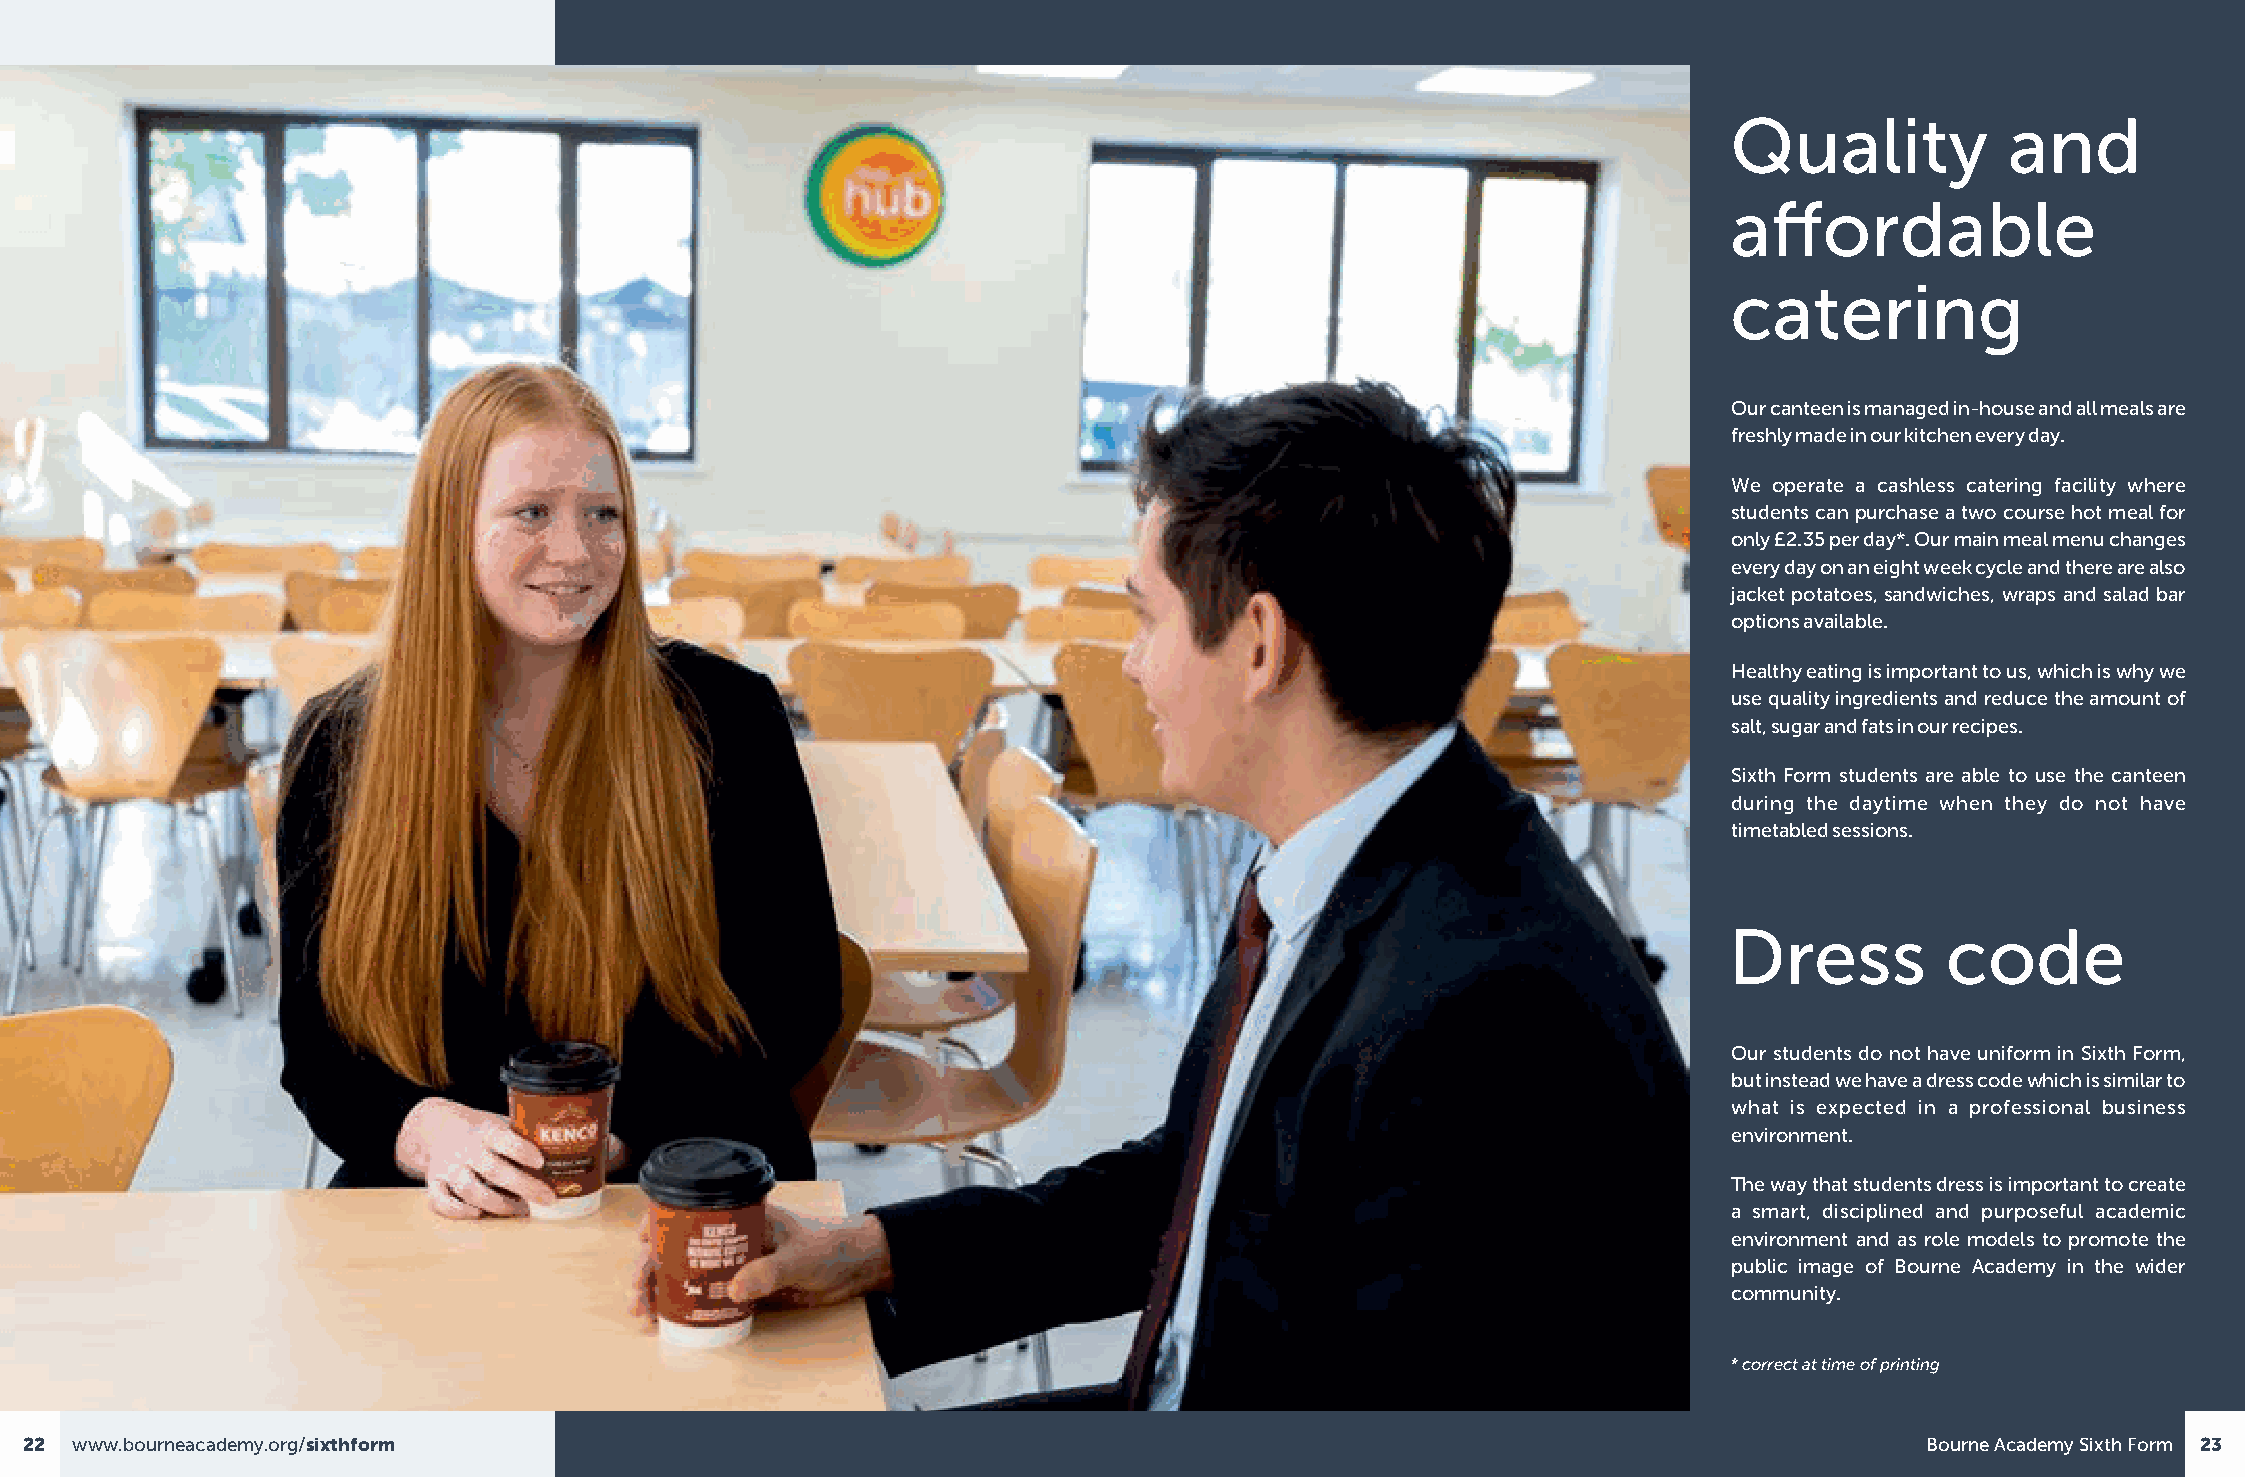
Quality           and
 affordable
 catering
 Our canteen is managed in-house and all meals are
 freshly made in our kitchen every day.
 We operate a cashless catering facility where
 students can purchase a two course hot meal for
 only £2.35 per day*. Our main meal menu changes
 every day on an eight week cycle and there are also
 jacket potatoes, sandwiches, wraps and salad bar
 options available.
 Healthy eating is important to us, which is why we
 use quality ingredients and reduce the amount of
 salt, sugar and fats in our recipes.
 Sixth Form students are able to use the canteen
 during the daytime when they do not have
 timetabled sessions.
 Dress          code
 Our students do not have uniform in Sixth Form,
 but instead we have a dress code which is similar to
 what is expected in a professional business
 environment.
 The way that students dress is important to create
 a smart, disciplined and purposeful academic
 environment and as role models to promote the
 public image of Bourne Academy in the wider
 community.
 * correct at time of printing
 22 www.bourneacademy.org/sixthform                                                                                           Bourne Academy Sixth Form 23